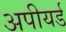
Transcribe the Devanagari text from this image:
अपीयर्ड